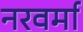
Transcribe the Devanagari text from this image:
नरवर्मा